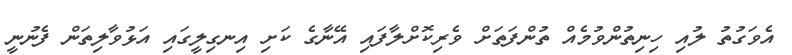
އެވަގުތު ލުއި ހިނިތުންވުމެއް ތުންފަތަށް ވެރިކޮށްލާފައި އޭނާގެ ކަށި އިނގިލީގައި އަޅުވާލިތަން ފެނުނީ